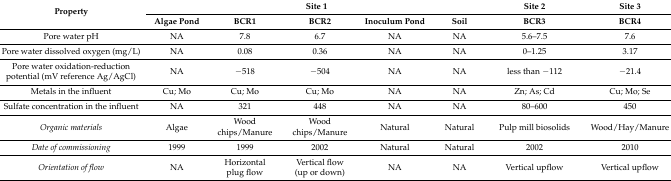
<table><thead><tr><td rowspan="2"><b>Property</b></td><td colspan="5"><b>Site 1</b></td><td><b>Site 2</b></td><td><b>Site 3</b></td></tr><tr><td><b>Algae Pond</b></td><td><b>BCR1</b></td><td><b>BCR2</b></td><td><b>Inoculum Pond</b></td><td><b>Soil</b></td><td><b>BCR3</b></td><td><b>BCR4</b></td></tr></thead><tbody><tr><td>Pore water pH</td><td>NA</td><td>7.8</td><td>6.7</td><td>NA</td><td>NA</td><td>5.6–7.5</td><td>7.6</td></tr><tr><td>Pore water dissolved oxygen (mg/L)</td><td>NA</td><td>0.08</td><td>0.36</td><td>NA</td><td>NA</td><td>0–1.25</td><td>3.17</td></tr><tr><td>Pore water oxidation-reduction potential (mV reference Ag/AgCl)</td><td>NA</td><td>−518</td><td>−504</td><td>NA</td><td>NA</td><td>less than −112</td><td>−21.4</td></tr><tr><td>Metals in the influent</td><td>Cu; Mo</td><td>Cu; Mo</td><td>Cu; Mo </td><td>NA</td><td>NA</td><td>Zn; As; Cd</td><td>Cu; Mo; Se</td></tr><tr><td>Sulfate concentration in the influent</td><td>NA</td><td>321</td><td>448</td><td>NA</td><td>NA</td><td>80–600 </td><td>450 </td></tr><tr><td><i>Organic materials</i></td><td>Algae</td><td>Wood chips/Manure</td><td>Wood chips/Manure</td><td>Natural</td><td>Natural</td><td>Pulp mill biosolids</td><td>Wood/Hay/Manure</td></tr><tr><td><i>Date of commissioning</i></td><td>1999</td><td>1999</td><td>2002</td><td>Natural</td><td>Natural</td><td>2002</td><td>2010</td></tr><tr><td><i>Orientation of flow</i></td><td>NA</td><td>Horizontal plug flow</td><td>Vertical flow (up or down)</td><td>NA</td><td>NA</td><td>Vertical upflow</td><td>Vertical upflow</td></tr></tbody></table>